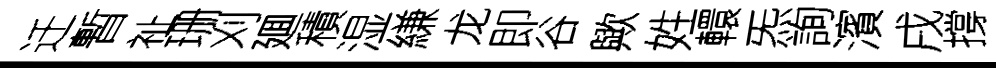
迁暫祉珊刈廽積湿縑龙即谷歟姓轘炁詢濱戌撐